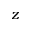
z